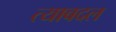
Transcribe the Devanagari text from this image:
त्याबदल